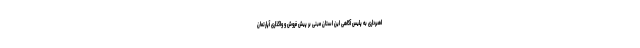
اهبرداری به پلیس آگاهی این استان مبنی بر پیش فروش و واگذاری آپارتمان